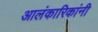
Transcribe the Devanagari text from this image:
आलंकारिकांनी